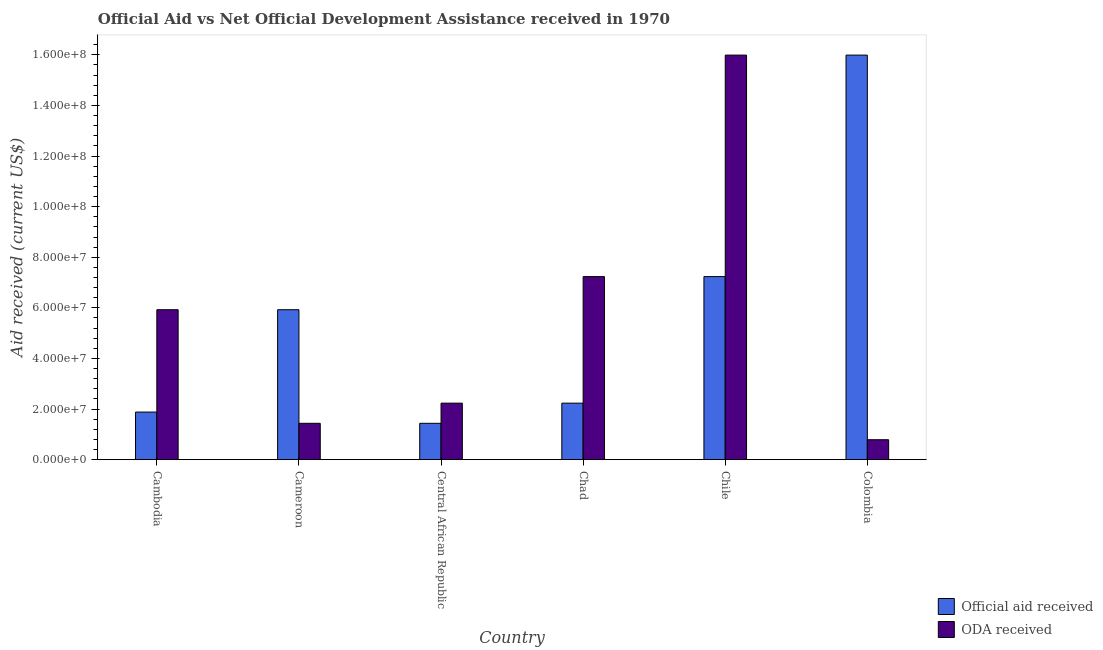
| Country | Official aid received | ODA received |
 | --- | --- | --- |
 | Cambodia | 1.88e+07 | 5.93e+07 |
 | Cameroon | 5.93e+07 | 1.44e+07 |
 | Central African Republic | 1.44e+07 | 2.24e+07 |
 | Chad | 2.24e+07 | 7.24e+07 |
 | Chile | 7.24e+07 | 1.6e+08 |
 | Colombia | 1.6e+08 | 7.89e+06 |